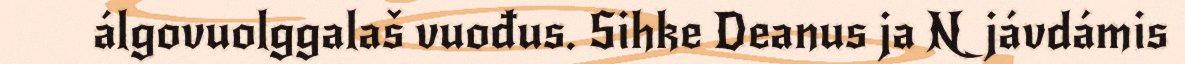
álgovuolggalaš vuođus. Sihke Deanus ja Njávdámis